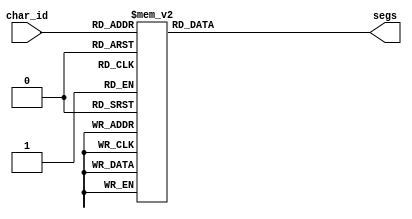
module seg7_ctrl(
	input [3:0] char_id,
	output [6:0] segs
);

always @(*)
	case (char_id)
		4'h0: segs = ~7'b0111111;
		4'h1: segs = ~7'b0000110;
		4'h2: segs = ~7'b1011011;
		4'h3: segs = ~7'b1001111;
		4'h4: segs = ~7'b1100110;
		4'h5: segs = ~7'b1101101;
		4'h6: segs = ~7'b1111101;
		4'h7: segs = ~7'b0000111;
		4'h8: segs = ~7'b1111111;
		4'h9: segs = ~7'b1101111;
		4'hA: segs = ~7'b1001001;	//  (Scanline sign)
		4'hB: segs = ~7'b1010100;	// n
		4'hC: segs = ~7'b0111001;	// C
		4'hD: segs = ~7'b1100110;	// y
		4'hE: segs = ~7'b0111000;	// L
		default: segs = ~7'b0000000;
	endcase

endmodule